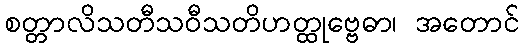
စတ္တာလိသတီသဝီသတိဟတ္ထုဗ္ဗေဓာ၊ အတောင်